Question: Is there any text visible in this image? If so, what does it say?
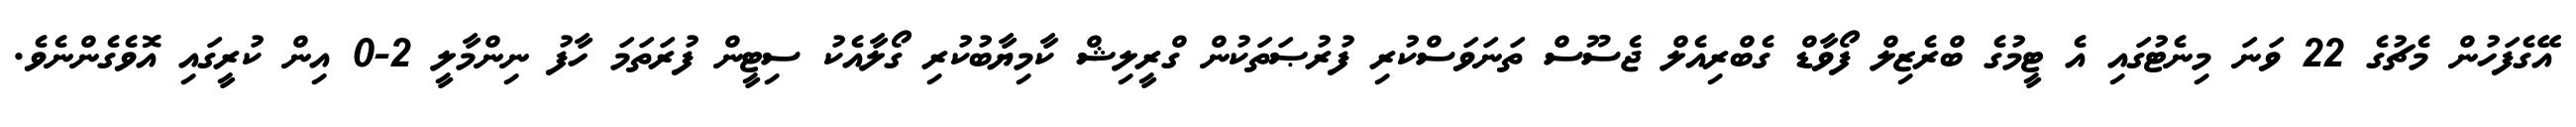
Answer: އޭގެފަހުން މެޗުގެ 22 ވަނަ މިނެޓުގައި އެ ޓީމުގެ ބްރެޒިލް ފޯވާޑް ގެބްރިއެލް ޖެސޫސް ތަނަވަސްކުރި ފުރުޞަތަކުން ގްރީލިޝް ކާމިޔާބުކުރި ގޯލާއެކު ސިޓީން ފުރަތަމަ ހާފު ނިންމާލީ 2-0 އިން ކުރީގައި އޮވެގެންނެވެ.